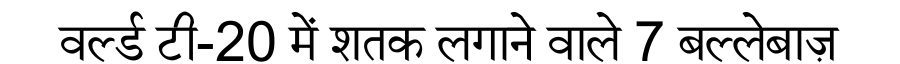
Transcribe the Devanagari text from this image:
वर्ल्ड टी-20 में शतक लगाने वाले 7 बल्लेबाज़